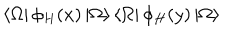
\left< \Omega \right| \phi _ { H } ( x ) \left| \Omega \right> \left< \Omega \right| \phi _ { H } ( y ) \left| \Omega \right>